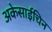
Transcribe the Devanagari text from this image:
अकेसाईचिन